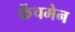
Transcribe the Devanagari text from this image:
फ्रेंचमेन